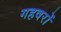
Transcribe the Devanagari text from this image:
गहवरों